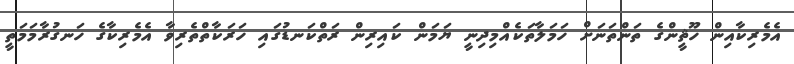
އެމެރިކާއިން ހޫޘީންގެ ތަންތަނަށް ހަމަލާތަކެއްމިދިނީ ޔަމަން ކައިރިން ރަތްކަނޑުގައި ހަރަކާތްތެރިވާ އެމެރިކާގެ ހަނގުރާމަމަތީ